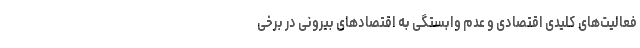
فعالیت­های کلیدی اقتصادی و عدم وابستگی به اقتصادهای بیرونی در برخی